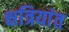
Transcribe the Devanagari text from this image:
क्षत्रियांत